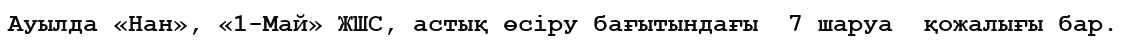
Ауылда «Нан», «1-Май» ЖШС, астық өсіру бағытындағы  7 шаруа  қожалығы бар.